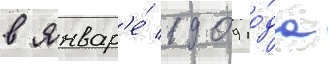
в январ'е́ 1909 го́да